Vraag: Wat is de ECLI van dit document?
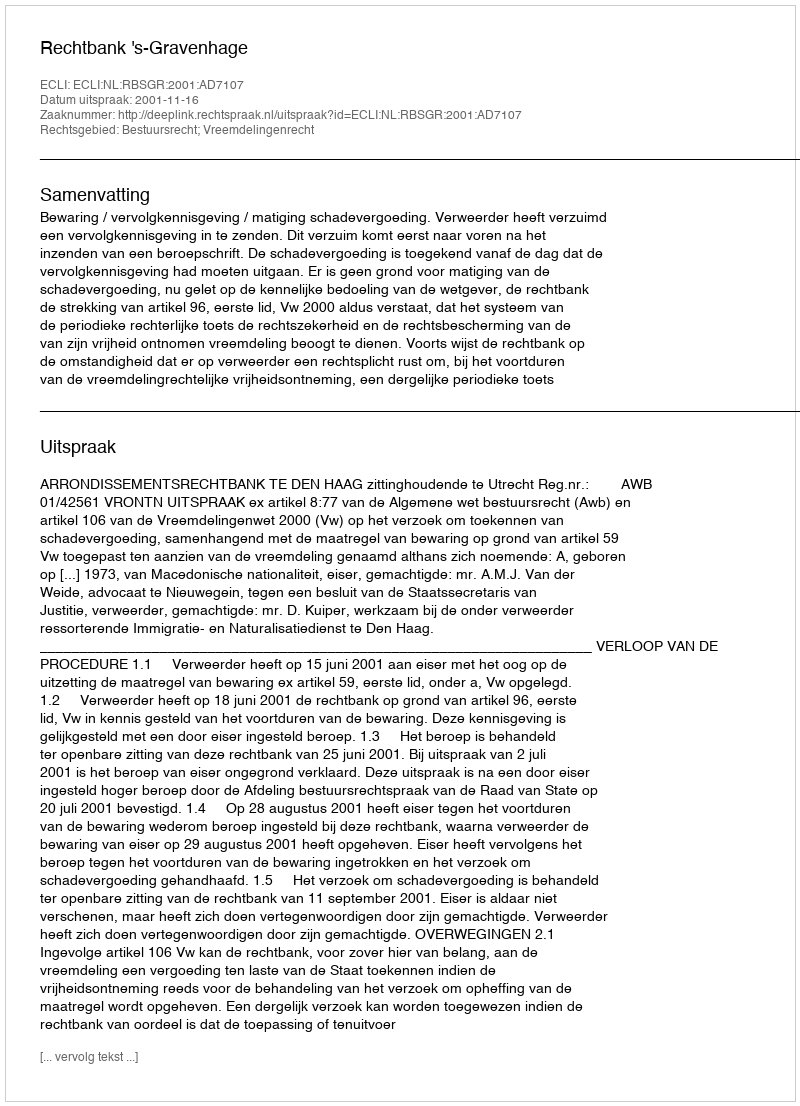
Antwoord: ECLI:NL:RBSGR:2001:AD7107